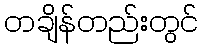
တချိန်တည်းတွင်